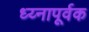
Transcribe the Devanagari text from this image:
ध्य्नापूर्वक